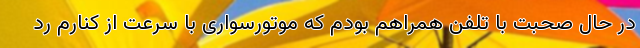
در حال صحبت با تلفن همراهم بودم که موتورسواری با سرعت از کنارم رد